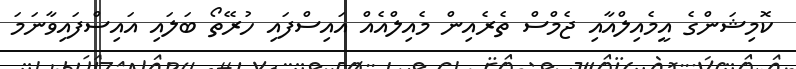
ކޮމިޝަންގެ އީމެއިލްއާއި ޖެމްސް ތެރެއިން މެއިލްއެއް އައިސްފައި ހުރޭތޯ ބަލައި އައިސްފައިވާނަމަ